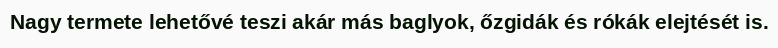
Nagy termete lehetővé teszi akár más baglyok, őzgidák és rókák elejtését is.